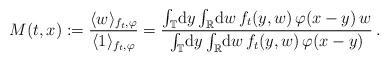
LaTeX: \begin{align*}M(t,x) := \frac{\langle w \rangle_{f_t,\varphi}}{\langle 1 \rangle_{f_t,\varphi}} = \frac{\int_{\mathbb{T}}\!\mathrm{d} y \int_{\mathbb{R}}\!\mathrm{d} w\, f_t(y,w)\,\varphi(x-y)\, w}{\int_{\mathbb{T}}\!\mathrm{d} y \int_{\mathbb{R}}\!\mathrm{d} w\, f_t(y,w)\,\varphi(x-y)}\,.\end{align*}